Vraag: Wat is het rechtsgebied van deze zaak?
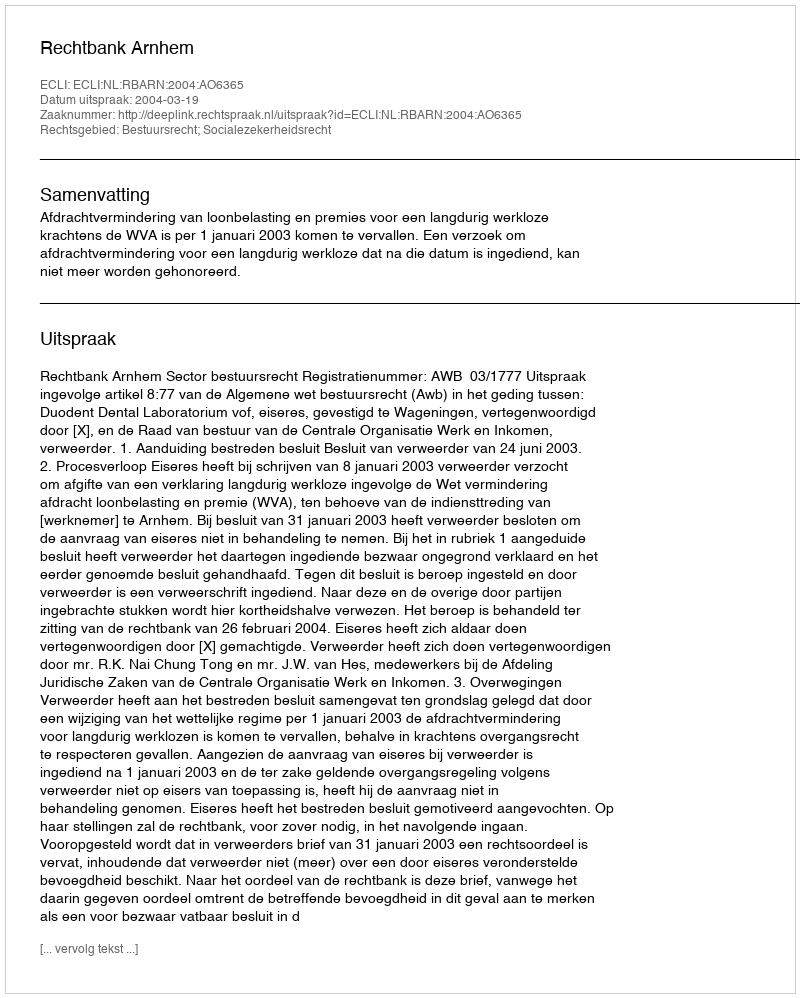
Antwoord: Bestuursrecht; Socialezekerheidsrecht